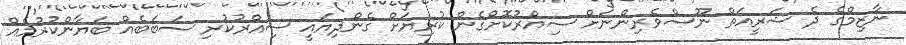
ނާޒިމްގެ ދެ ޝަރީއަތް ނޫސްވެރިންނަށް ސިއްރުކޮށްގެން ކުރިޔަށް ގެންދިޔައީ ސިއްރުކުރި ސަބަބެއް ބަޔާންކުރުމެއް